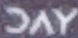
DAY